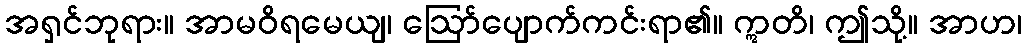
အရှင်ဘုရား။ အာမဝိရမေယျ၊ ဩော်ပျောက်ကင်းရာ၏။ ဣတိ၊ ဤသို့။ အာဟ၊